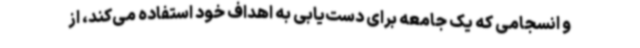
و انسجامی که یک جامعه برای دست‌یابی به اهداف خود استفاده می‌کند، از